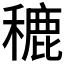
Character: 𮃨